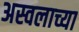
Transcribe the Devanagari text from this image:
अस्वलाच्या